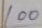
100